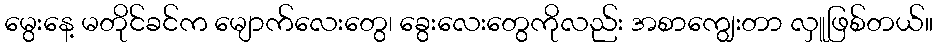
မွေးနေ့ မတိုင်ခင်က မျောက်လေးတွေ၊ ခွေးလေးတွေကိုလည်း အစာကျွေးတာ လှူဖြစ်တယ်။